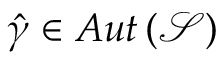
\hat { \gamma } \in A u t \left( \mathcal { S } \right)